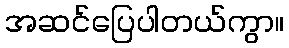
အဆင်ပြေပါတယ်ကွာ။